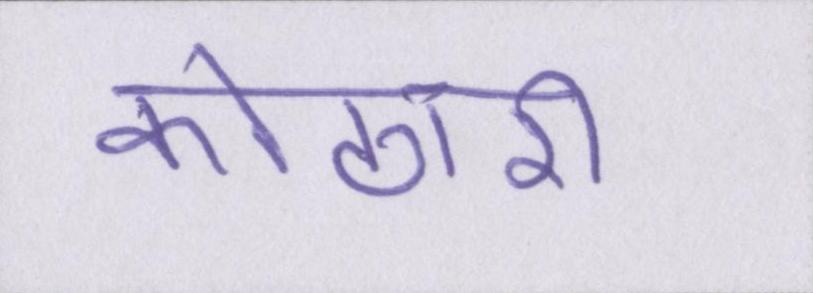
कोठारी